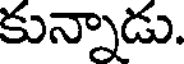
కున్నాడు.